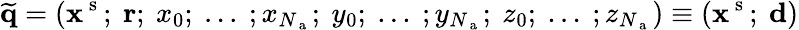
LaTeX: \widetilde{\textbf{q}}=\left(\textbf{x}^{\mathrm{~s~}};~\textbf{r};~x_{0};~...~;x_{N_{\mathrm{~a~}}};~y_{0};~...~;y_{N_{\mathrm{~a~}}};~z_{0};~...~;z_{N_{\mathrm{~a~}}}\right)\equiv(\textbf{x}^{\mathrm{~s~}};~\textbf{d})